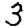
Digit: 3